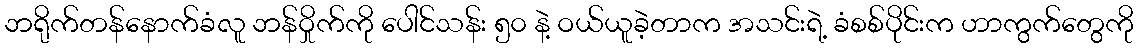
ဘရိုက်တန်နောက်ခံလူ ဘန်ဝှိုက်ကို ပေါင်သန်း ၅၀ နဲ့ ဝယ်ယူခဲ့တာက အသင်းရဲ့ ခံစစ်ပိုင်းက ဟာကွက်တွေကို